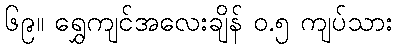
၆၉။ ရွှေကျင်အလေးချိန် ၀.၅ ကျပ်သား